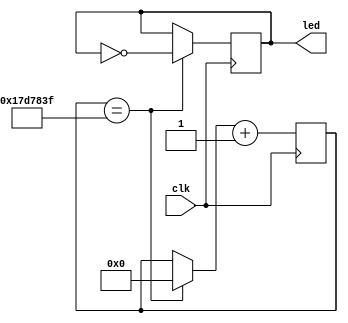
//This program creates a clock counter for 1 second

module clock_seconds (input clk, output reg led);
reg[24:0] contador;

always @(posedge clk)
	begin
		if(contador == 25'd24999999 )
		
			begin
				contador=0;
				led = ~led;
			end
		contador=contador+1;
	end

endmodule